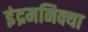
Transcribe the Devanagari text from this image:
इंद्रमनिक्या